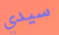
سيدي